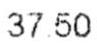
37.50